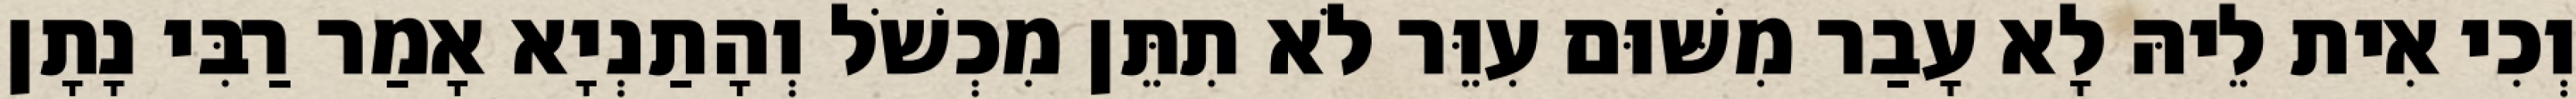
וְכִי אִית לֵיהּ לָא עָבַר מִשּׁוּם עִוֵּר לֹא תִתֵּן מִכְשֹׁל וְהָתַנְיָא אָמַר רַבִּי נָתָן